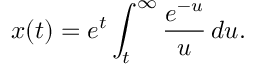
x ( t ) = e ^ { t } \int _ { t } ^ { \infty } { \frac { e ^ { - u } } { u } } \, d u .